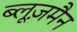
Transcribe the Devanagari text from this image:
ब्लूज़मैन